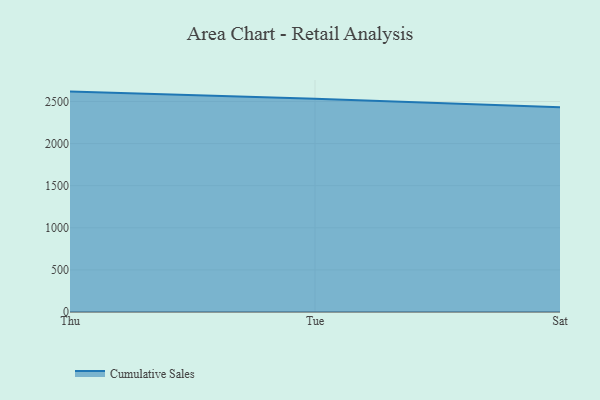
{"axis": {"x": "Day", "y": "Active Users"}, "legend": ["Cumulative Sales"], "data": [{"x": "Thu", "y": 2617.5, "type": "Cumulative Sales"}, {"x": "Tue", "y": 2533.4, "type": "Cumulative Sales"}, {"x": "Sat", "y": 2430.5, "type": "Cumulative Sales"}]}